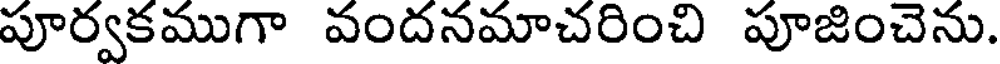
పూర్వకముగా వందనమాచరించి పూజించెను.